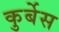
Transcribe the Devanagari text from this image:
कुर्बेस